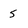
Character: 5